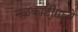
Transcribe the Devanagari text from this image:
नळकांडीमध्ये